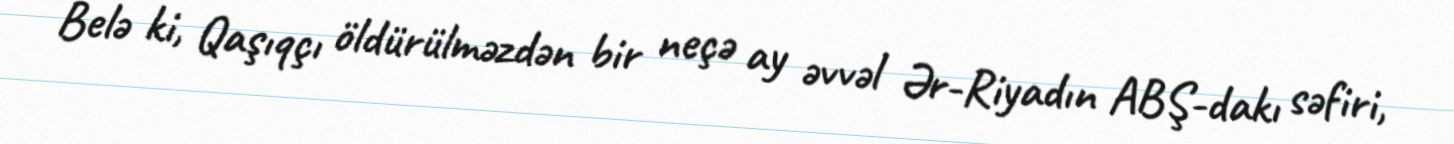
Belə ki, Qaşıqçı öldürülməzdən bir neçə ay əvvəl Ər-Riyadın ABŞ-dakı səfiri,